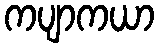
ကပျာကယာ